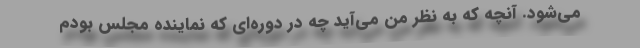
می‌شود. آنچه که به نظر من می‌آید چه در دوره‌ای که نماینده مجلس بودم